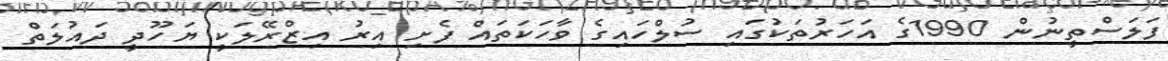
ފަލަސްތީނުން 1990ގެ އަހަރުތަކުގައި ސުލްހައިގެ ވާހަކަތައް ފެށި އިރު އިޒްރޭލަކީ ޔަހޫދީ ދައުލަތް